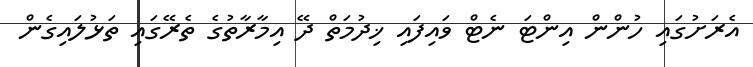
އެރަށުގައި ހުންން އިންޓަ ނެޓް ވައިފައި ޚިދުމަތް ދޭ އިމާރާތުގެ ތެރޭގައި ތަޅުލައިގެން